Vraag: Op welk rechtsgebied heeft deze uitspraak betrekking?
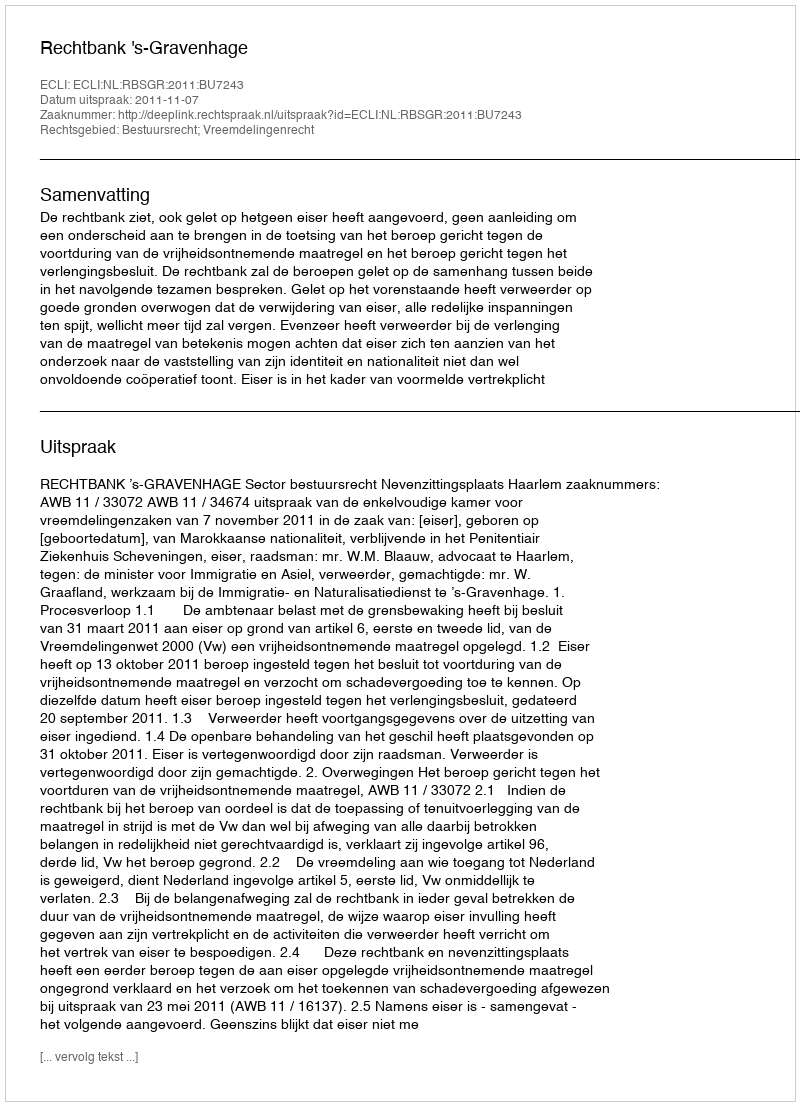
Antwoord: Bestuursrecht; Vreemdelingenrecht